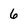
Character: 6